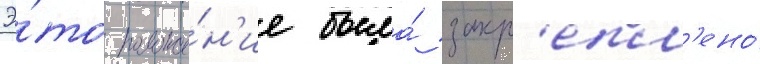
Э́то положе́н'ие была́ закр'епл'ено́